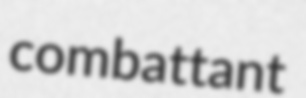
combattant